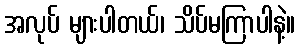
အလုပ် များပါတယ်၊ သိပ်မကြာပါနဲ့။